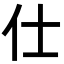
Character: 仕